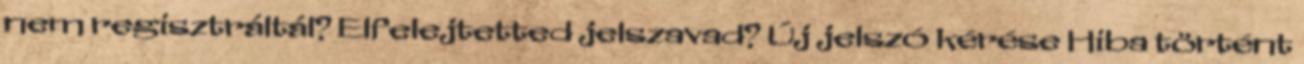
nem regisztráltál? Elfelejtetted jelszavad? Új jelszó kérése Hiba történt